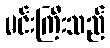
မင်းကြီးသည်